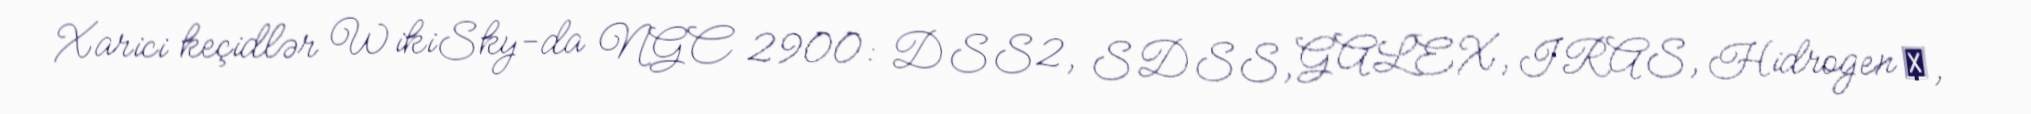
Xarici keçidlər WikiSky-da NGC 2900: DSS2, SDSS, GALEX, IRAS, Hidrogen α,